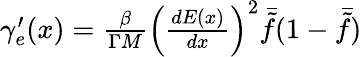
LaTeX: \begin{array}{r}{\gamma_{e}^{\prime}(x)=\frac{\beta}{\Gamma M}\left(\frac{dE(x)}{dx}\right)^{2}\bar{\tilde{f}}(1-\bar{\tilde{f}})}\end{array}